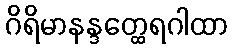
ဂိရိမာနန္ဒတ္ထေရဂါထာ